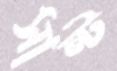
সান্ট